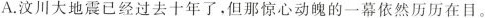
A.汶川大地震已经过去十年了，但那惊心动魄的一幕依然历历在目。